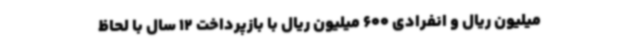
میلیون ریال و انفرادی 600 میلیون ریال با بازپرداخت 12 سال با لحاظ